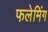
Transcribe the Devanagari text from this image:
फलेमिंग